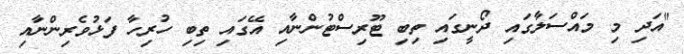
"އަދި މި މައްސަލާގައި ދޯނީގައި ތިބި ޓޫރިސްޓުންނާއި އޭގައި ތިބި ހުރިހާ ފަޅުވެރިންނާއި